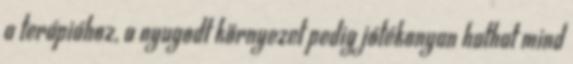
a terápiához, a nyugodt környezet pedig jótékonyan hathat mind